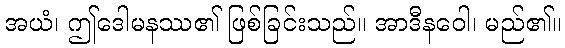
အယံ၊ ဤဒေါမနဿ၏ ဖြစ်ခြင်းသည်။ အာဒီနဝေါ၊ မည်၏။